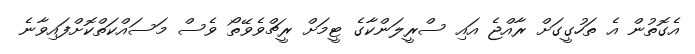
އެގޮތުން އެ ތަހުގީގަށް ރާއްޖެ އައި ސްރީލަންކާގެ ޓީމަށް ރީޗްވެވޭތޯ ވެސް މަސައްކަތްކޮށްފައިވާނެ